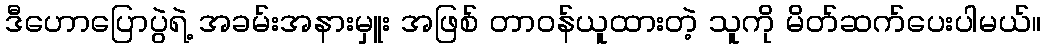
ဒီဟောပြောပွဲရဲ့ အခမ်းအနားမှူး အဖြစ် တာဝန်ယူထားတဲ့ သူကို မိတ်ဆက်ပေးပါမယ်။